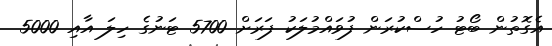
އެގޮތުން ބޯޓު ހުސްކުރަން ފުވައްމުލަކު ފަރަށް 5700 ޓަނުގެ ހިލަ އާއި 5000